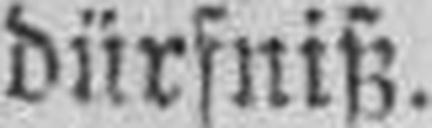
dürfniß.